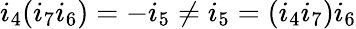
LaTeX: i_{4}(i_{7}i_{6})=-i_{5}\neq i_{5}=(i_{4}i_{7})i_{6}